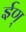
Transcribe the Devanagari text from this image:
ईण्